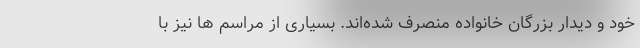
خود و دیدار بزرگان خانواده منصرف شده‌اند. بسیاری از مراسم ها نیز با